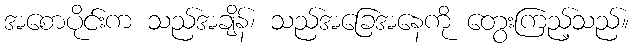
အစောပိုင်းက သည်အချိန်၊ သည်အခြေအနေကို တွေးကြည့်သည်။